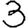
Digit: 3